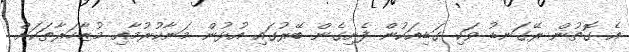
އެ ގޮތުން ރޭގަނޑު ވަކި ގަޑިއަކުން ފެށިގެން ބޭރުގައި އުޅުން މަނާކުރުމާއި މުޒާހަރާތަކަށް